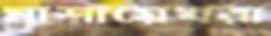
মাশায়েখরা